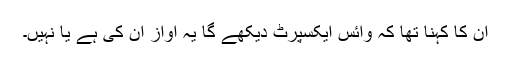
اُن کا کہنا تھا کہ وائس ایکسپرٹ دیکھے گا یہ آواز ان کی ہے یا نہیں۔